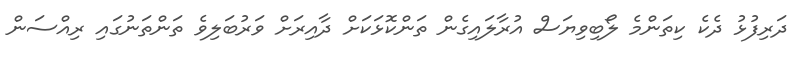
ދަރިފުޅު ދެކެ ކިތަންމެ ލޯބިވިޔަސް އުރާލައިގެން ތަންކޮޅަކަށް ދާއިރަށް ވަރުބަލިވެ ތަންތަނުގައި ރިއްސަން